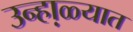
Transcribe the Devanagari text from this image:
उन्हा़ळ्यात